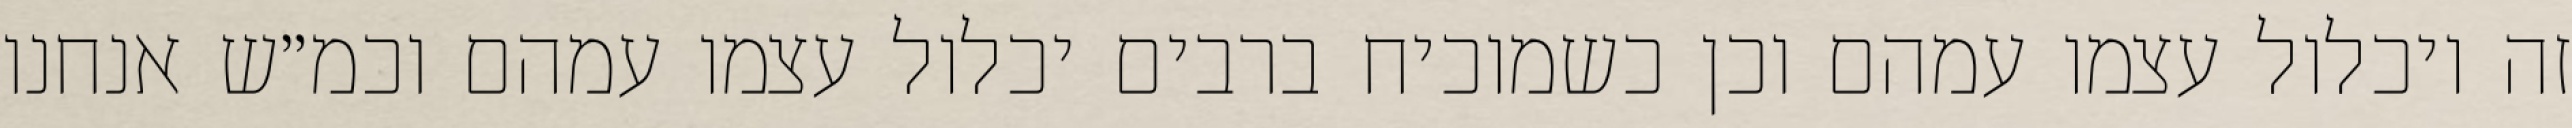
זה ויכלול עצמו עמהם וכן כשמוכיח ברבים יכלול עצמו עמהם וכמ״ש אנחנו